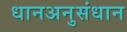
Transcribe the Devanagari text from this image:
धानअनुसंधान